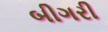
બીગરી